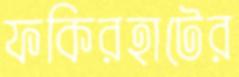
ফকিরহাটের